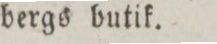
bergs butik.